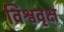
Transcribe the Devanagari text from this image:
विश्ववृक्ष